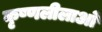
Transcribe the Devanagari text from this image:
कृष्णलीलाओं